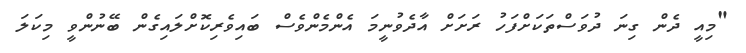
"މިއީ ދެން ގިނަ ދުވަސްތަކަށްފަހު ރަށަށް އާދެވުނީމަ އެންމެންވެސް ބައިވެރިކޮށްލައިގެން ބޭނުންވީ މިކަލަ